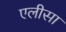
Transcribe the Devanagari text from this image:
एलीसा